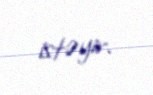
istəyir.